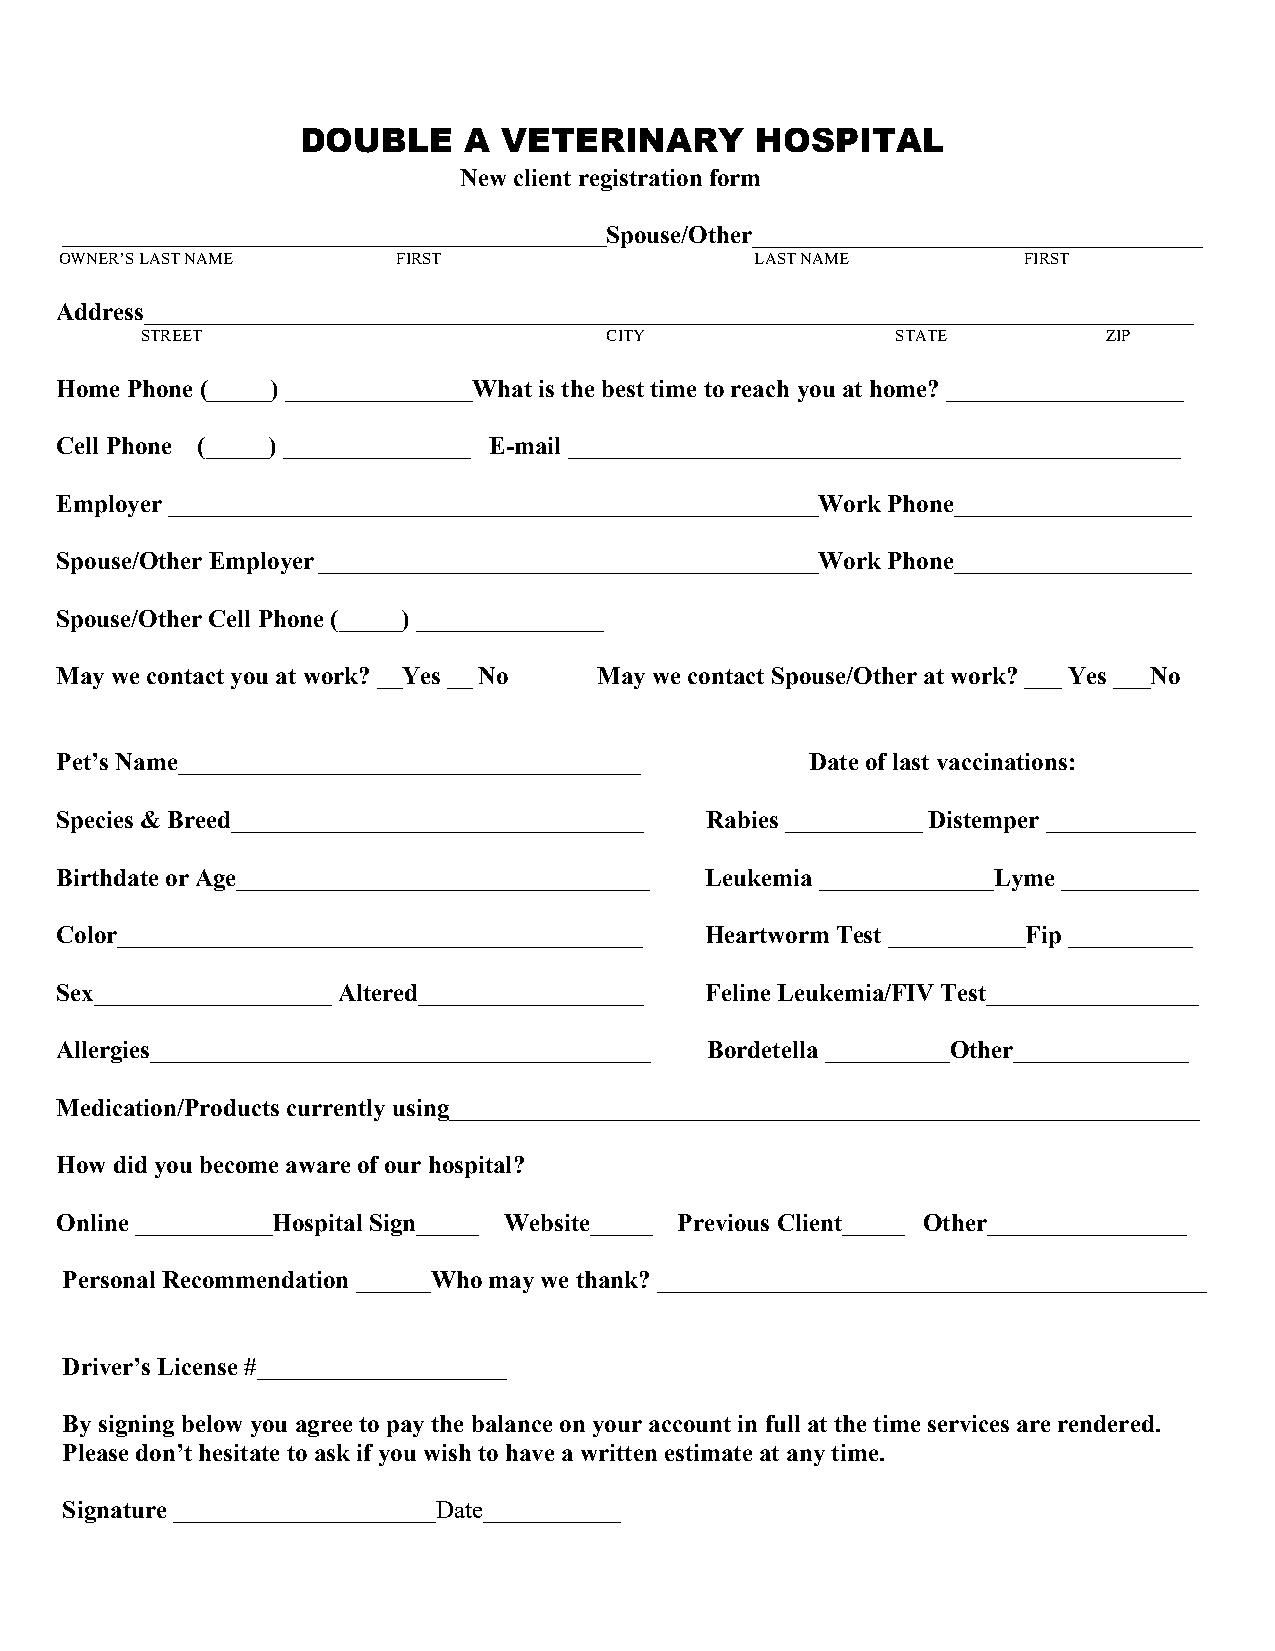
DOUBLE     A VETERINARY       HOSPITAL
 New client registration form
 __________________________________________________________Spouse/Other____________________________________
 OWNER’S LAST NAME     FIRST                   LAST NAME         FIRST
 Address____________________________________________________________________________________
 STREET                         CITY               STATE         ZIP
 Home Phone (_____) _______________What is the best time to reach you at home? ___________________
 Cell Phone (_____) _______________ E-mail _________________________________________________
 Employer ____________________________________________________Work Phone___________________
 Spouse/Other Employer ________________________________________Work Phone___________________
 Spouse/Other Cell Phone (_____) _______________
 May we contact you at work? __Yes __ No May we contact Spouse/Other at work? ___ Yes ___No
 Pet’s Name_____________________________________   Date of last vaccinations:
 Species & Breed_________________________________ Rabies ___________ Distemper ____________
 Birthdate or Age_________________________________ Leukemia ______________Lyme ___________
 Color__________________________________________ Heartworm Test ___________Fip __________
 Sex___________________ Altered__________________ Feline Leukemia/FIV Test_________________
 Allergies________________________________________ Bordetella __________Other______________
 Medication/Products currently using____________________________________________________________
 How did you become aware of our hospital?
 Online ___________Hospital Sign_____ Website_____ Previous Client_____ Other________________
 Personal Recommendation ______Who may we thank? ____________________________________________
 Driver’s License #____________________
 By signing below you agree to pay the balance on your account in full at the time services are rendered.
 Please don’t hesitate to ask if you wish to have a written estimate at any time.
 Signature _____________________Date___________